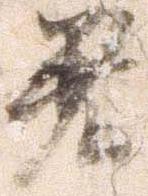
着